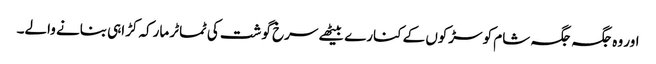
اور وہ جگہ جگہ شام کو سڑکوں کے کنارے بیٹھے سرخ گوشت کی ٹماٹر مارکہ کڑاہی بنانے والے۔